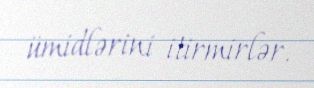
ümidlərini itirmirlər.